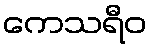
ကေသရီဝ